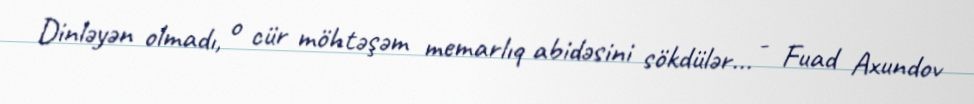
Dinləyən olmadı, o cür möhtəşəm memarlıq abidəsini sökdülər... - Fuad Axundov